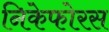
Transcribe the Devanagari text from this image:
निकेफोरस